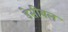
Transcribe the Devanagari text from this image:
डेसीबल